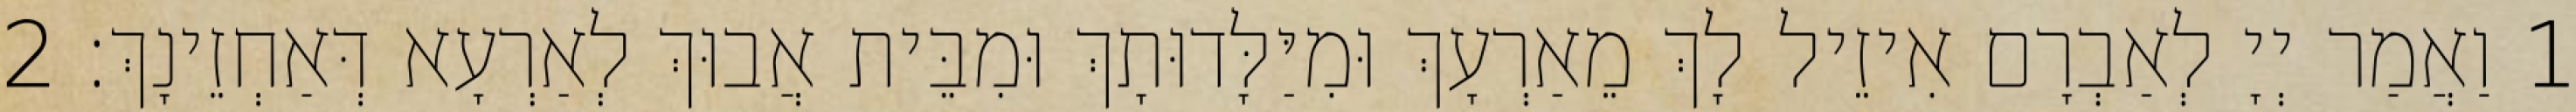
1 וַאֲמַר יְיָ לְאַבְרָם אִיזֵיל לָךְ מֵאַרְעָךְ וּמִיַּלָּדוּתָךְ וּמִבֵּית אֲבוּךְ לְאַרְעָא דְּאַחְזֵינָךְ׃ 2